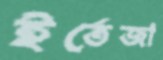
ইর্তেজা